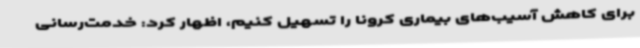
برای کاهش آسیب‌های بیماری کرونا را تسهیل کنیم، اظهار کرد: خدمت‌رسانی